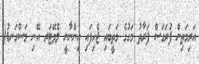
އަރިމަތިން ފުރަގަސް ފަރާތު މަގުގެ މަތީބައި ޖެހިފައި އިންނާނީ ލެވޭޓަރ އޭނި މަސްގަނޑު(